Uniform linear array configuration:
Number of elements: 4
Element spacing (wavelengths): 0.25
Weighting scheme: blackman
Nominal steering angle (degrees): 15
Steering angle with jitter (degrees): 16.164
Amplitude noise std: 0.05
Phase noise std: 0.05

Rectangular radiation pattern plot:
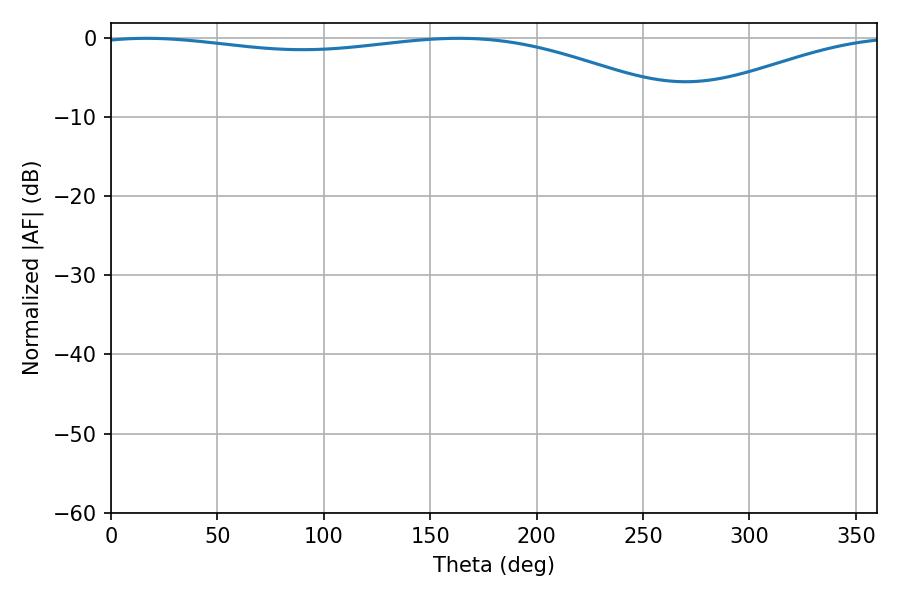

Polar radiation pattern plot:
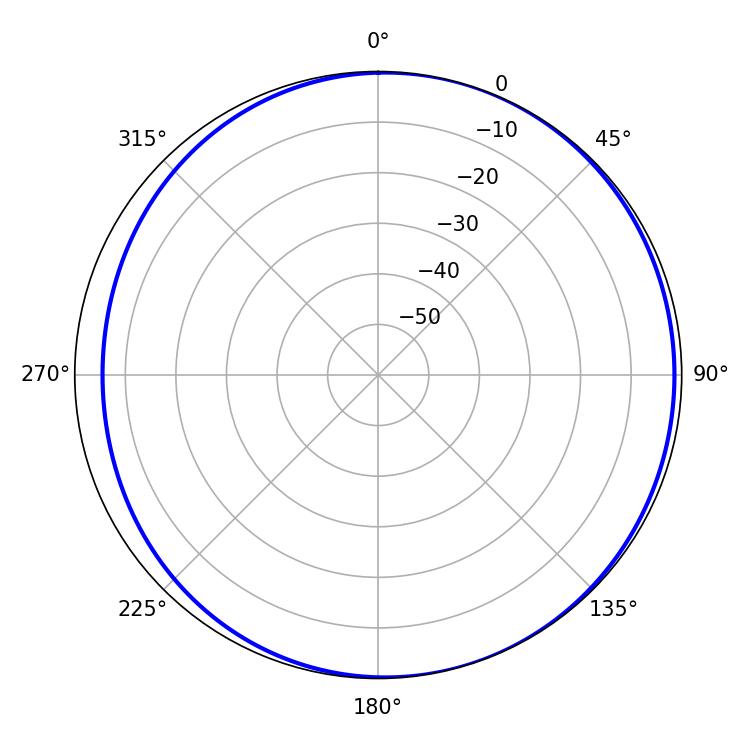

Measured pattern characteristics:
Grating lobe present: FALSE
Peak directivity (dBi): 4.111
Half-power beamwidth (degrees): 225.36
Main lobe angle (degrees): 16.74